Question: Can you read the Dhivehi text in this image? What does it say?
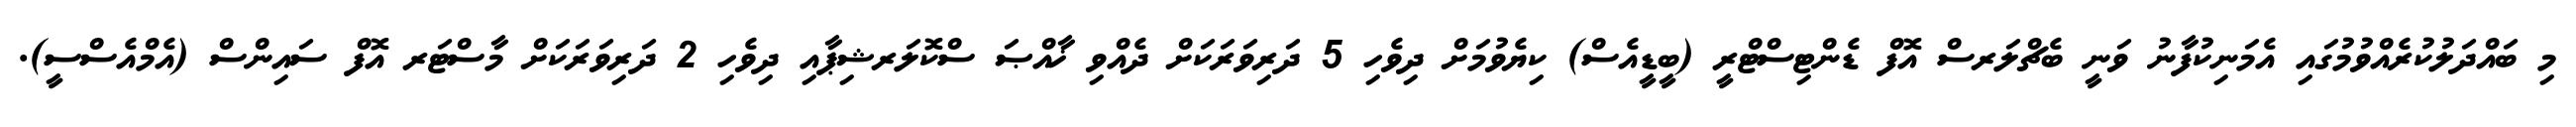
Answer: މި ބައްދަލުކުރެއްވުމުގައި އެމަނިކުފާނު ވަނީ ބެޗްލަރސް އޮފް ޑެންޓިސްޓްރީ (ބީޑީއެސް) ކިޔެވުމަށް ދިވެހި 5 ދަރިވަރަކަށް ދެއްވި ޚާއްޞަ ސްކޮލަރޝިޕާއި ދިވެހި 2 ދަރިވަރަކަށް މާސްޓަރ އޮފް ސައިންސް (އެމްއެސްސީ).